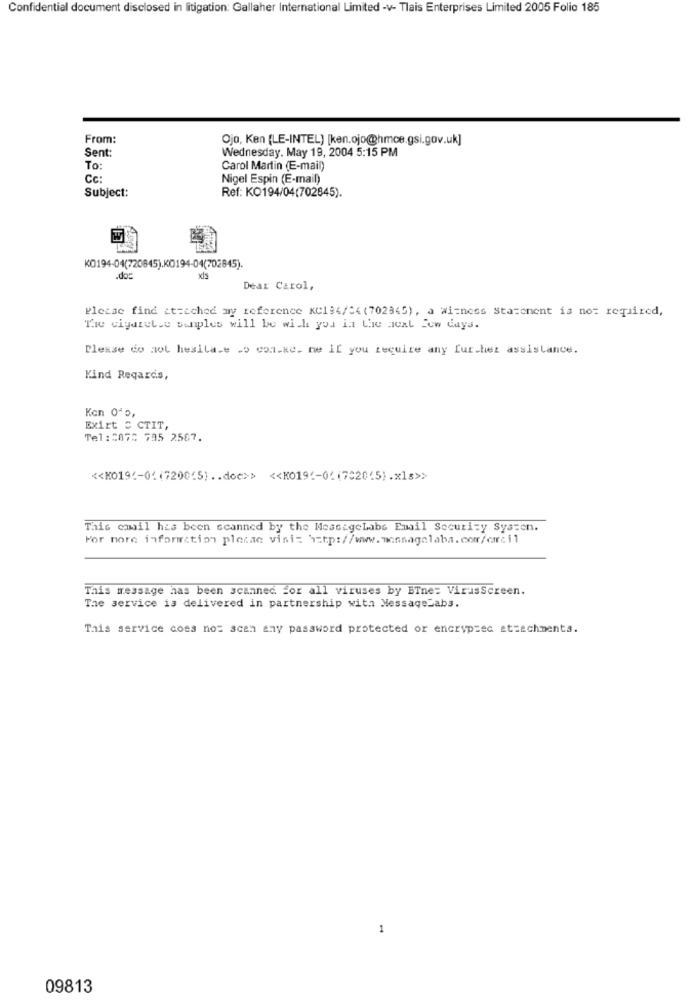
Confidential document disclosed in litigation: Gallaher International Limited -v- Tlais Enterprises Limited 2005 Folio 185
From:
Ojo, Ken (LE-INTEL) [ken.ojo@hmce.gsi.gov.uk]
Sent:
Wednesday. May 19, 2004 5:15 PM
To:
Carol Martin (E-mail)
Cc:
Nigel Espin (E-mail)
Subject:
Ref: KO194/04(702845).
KO194-04(720845).K0194-04(702845).
.doc
Dear Carol,
Pletae find it=ached my reference KC194/54 (702345), a witness Statement is not required,
The cigarette samples will be with you in the acat Con days.
Please do not hesila.e .o con.ke. me if you require any further assistance.
Kind Regards,
Kon 0ª0,
Exirt = CTIT,
Tel:0872 795 2567.
<< KO191-01(7200(5) .. doc>> << KO19(-04(732045).xls>>
This email has been scanned by the MessageLabs Email Security Systen.
For more information pleiac visis http://www.moinsagolaba.com/carci1
This message has been scanned. for all viruses by BTne: VirusScreen.
The service is delivered in partnership with MessageLabs.
This service coes nos scan any password protected or encrypsec attachments.
1
09813